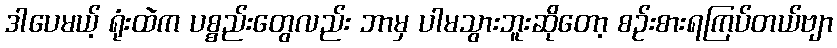
ဒါပေမယ့် ရုံးထဲက ပစ္စည်းတွေလည်း ဘာမှ ပါမသွားဘူးဆိုတော့ စဉ်းစားရကြပ်တယ်ဗျာ